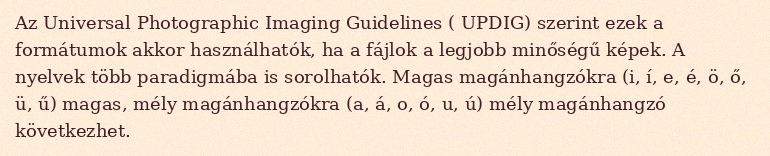
Az Universal Photographic Imaging Guidelines ( UPDIG) szerint ezek a formátumok akkor használhatók, ha a fájlok a legjobb minőségű képek. A nyelvek több paradigmába is sorolhatók. Magas magánhangzókra (i, í, e, é, ö, ő, ü, ű) magas, mély magánhangzókra (a, á, o, ó, u, ú) mély magánhangzó következhet.